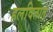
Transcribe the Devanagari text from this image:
हलवितात